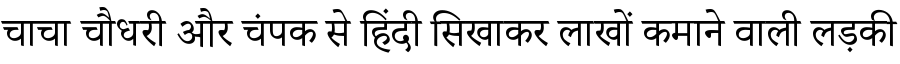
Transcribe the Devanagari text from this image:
चाचा चौधरी और चंपक से हिंदी सिखाकर लाखों कमाने वाली लड़की